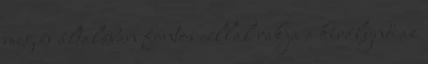
meg és általában fontos céllal rakja a királynő az